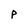
Character: p